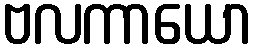
ဗလကာယော